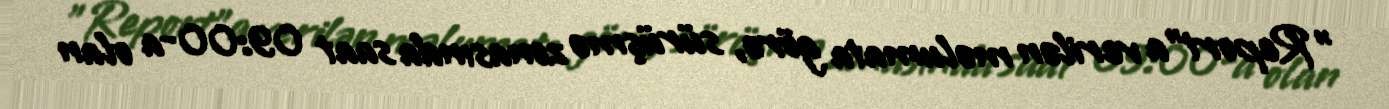
"Report"a verilən məlumata görə, sürüşmə zonasında saat 09:00-a olan